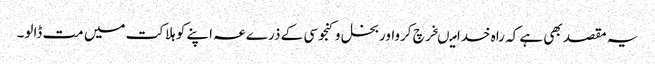
یہ مقصد بھی ہے کہ راہ خدامیںخرچ کرواوربخل وکنجوسی کے ذرےعہ اپنے کو ہلاکت میں مت ڈالو۔